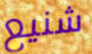
شنيع